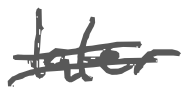
Text: later
Cross-out: double-line
Writing tool: digital_gray